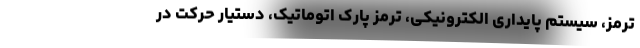
ترمز، سیستم پایداری الکترونیکی، ترمز پارک اتوماتیک، دستیار حرکت در